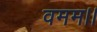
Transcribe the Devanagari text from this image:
वमम।।